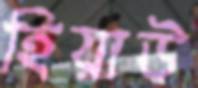
হিয়াউ